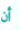
أن